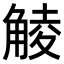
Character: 𧤁